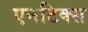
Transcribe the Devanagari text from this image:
एनटिक्स